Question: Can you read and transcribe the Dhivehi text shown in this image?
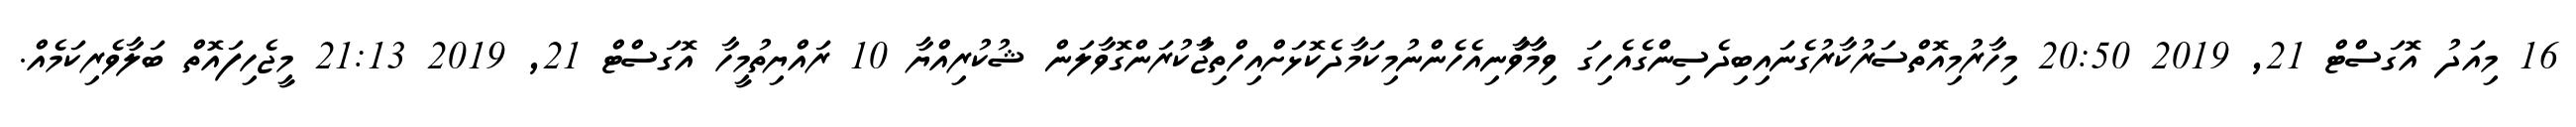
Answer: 16 މިއަދު އޮގަސްޓް 21, 2019 20:50 މިހާރުމިއޮތްސަރުކާރުގެނައިބިދެސިންގެއެހިގަ ވިމާާވާަނިއެހެންނުމިކަމާދެކޮޅަށްއިހްތިޖާުކުރަންގޮވާލަން ޝުކުރިއްޔާ 10 ރައްޔިތުމީހާ އޮގަސްޓް 21, 2019 21:13 މީޖެހިފައޮތް ބަލާވެރިކަމެއް.